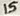
Text: 15